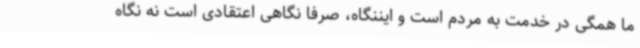
ما همگی در خدمت به مردم است و ایننگاه، صرفا نگاهی اعتقادی است نه نگاه